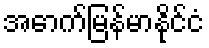
အောက်မြန်မာနိုင်ငံ